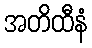
အတိထီနံ